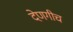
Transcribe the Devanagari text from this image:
देणगीच